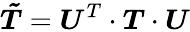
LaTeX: \boldsymbol{\tilde{T}}=\boldsymbol{U}^{T}\cdot\boldsymbol{T}\cdot\boldsymbol{U}